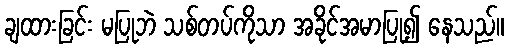
ချထားခြင်း မပြုဘဲ သစ်တပ်ကိုသာ အခိုင်အမာပြု၍ နေသည်။